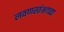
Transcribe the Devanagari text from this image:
लवणस्तंभाच्या